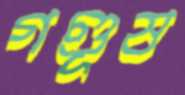
গণ্ডূষ